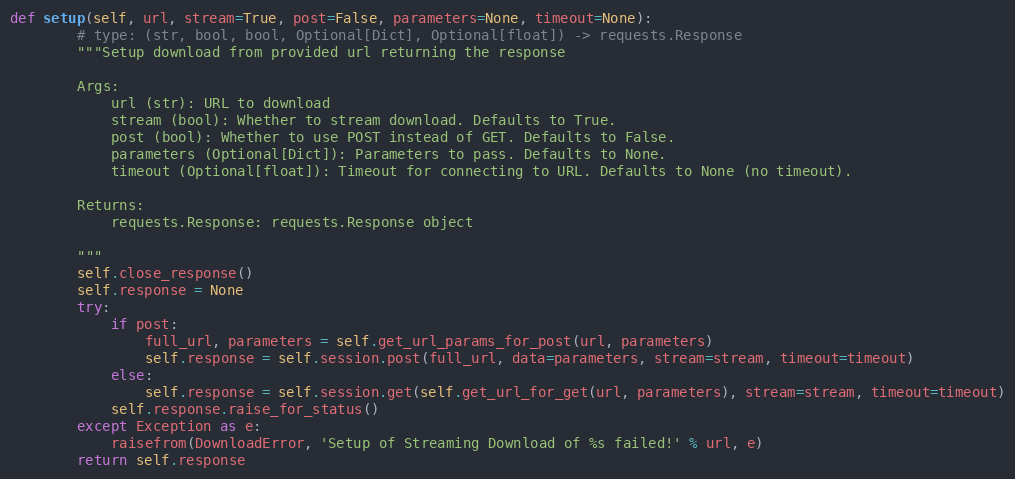
Language: Python
def setup(self, url, stream=True, post=False, parameters=None, timeout=None):
        # type: (str, bool, bool, Optional[Dict], Optional[float]) -> requests.Response
        """Setup download from provided url returning the response

        Args:
            url (str): URL to download
            stream (bool): Whether to stream download. Defaults to True.
            post (bool): Whether to use POST instead of GET. Defaults to False.
            parameters (Optional[Dict]): Parameters to pass. Defaults to None.
            timeout (Optional[float]): Timeout for connecting to URL. Defaults to None (no timeout).

        Returns:
            requests.Response: requests.Response object

        """
        self.close_response()
        self.response = None
        try:
            if post:
                full_url, parameters = self.get_url_params_for_post(url, parameters)
                self.response = self.session.post(full_url, data=parameters, stream=stream, timeout=timeout)
            else:
                self.response = self.session.get(self.get_url_for_get(url, parameters), stream=stream, timeout=timeout)
            self.response.raise_for_status()
        except Exception as e:
            raisefrom(DownloadError, 'Setup of Streaming Download of %s failed!' % url, e)
        return self.response